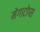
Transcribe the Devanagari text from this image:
मेगाटोप्स